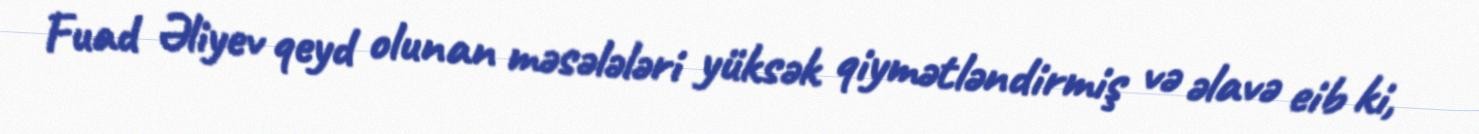
Fuad Əliyev qeyd olunan məsələləri yüksək qiymətləndirmiş və əlavə eib ki,